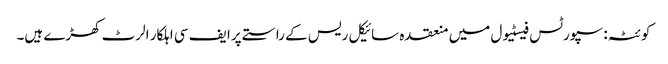
کوئٹہ: سپورٹس فیسٹیول میں منعقدہ سائیکل ریس کے راستے پرا یف سی اہلکار الرٹ کھڑے ہیں۔